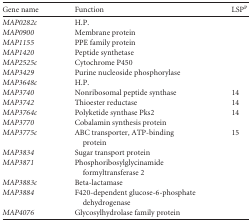
| Gene name | Function | LSPP |
 | --- | --- | --- |
 | MAP0282c | H.P. |  |
 | MAP0900 | Membrane protein |  |
 | MAP1155 | PPE family protein |  |
 | MAP1420 | Peptide synthetase |  |
 | MAP2525c | Cytochrome P450 |  |
 | MAP3429 | Purine nucleoside phosphorylase |  |
 | MAP3648c | H.P. |  |
 | MAP3740 | Nonribosomal peptide synthase | 14 |
 | MAP3742 | Thioester reductase | 14 |
 | MAP3764c | Polyketide synthase Pks2 | 14 |
 | MAP3770 | Cobalamin synthesis protein |  |
 | MAP3775c | ABC transporter, ATP-binding protein | 15 |
 | MAP3834 | Sugar transport protein |  |
 | MAP3871 | Phosphoribosylglycinamide formyltransferase 2 |  |
 | MAP3883c | Beta-lactamase |  |
 | MAP3884 | F420-dependent glucose-6-phosphate dehydrogenase |  |
 | MAP4076 | Glycosylhydrolase family protein |  |